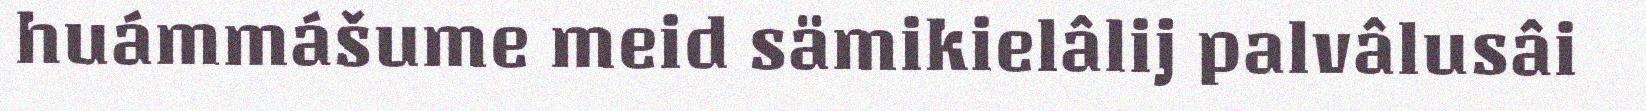
huámmášume meid sämikielâlij palvâlusâi